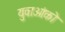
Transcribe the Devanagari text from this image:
युवाओंको